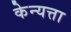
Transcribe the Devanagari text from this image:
केन्यत्ता